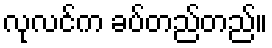
လုလင်က ခပ်တည်တည်။